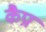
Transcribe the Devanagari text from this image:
कैप्रा